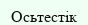
Осьтестік